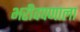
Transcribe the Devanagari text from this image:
भरीवपणाला